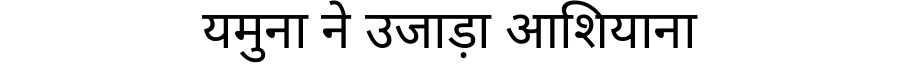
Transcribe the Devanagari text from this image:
यमुना ने उजाड़ा आशियाना